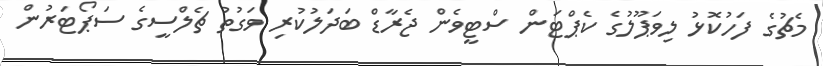
މެޗުގެ ފަހުކޮޅު ލިވަޕޫލުގެ ކެޕްޓަން ސްޓީވެން ޖެރާޑް ބަދަލުކުރި ވަގުތު ޗެލްސީގެ ސަޕޯޓަރުން